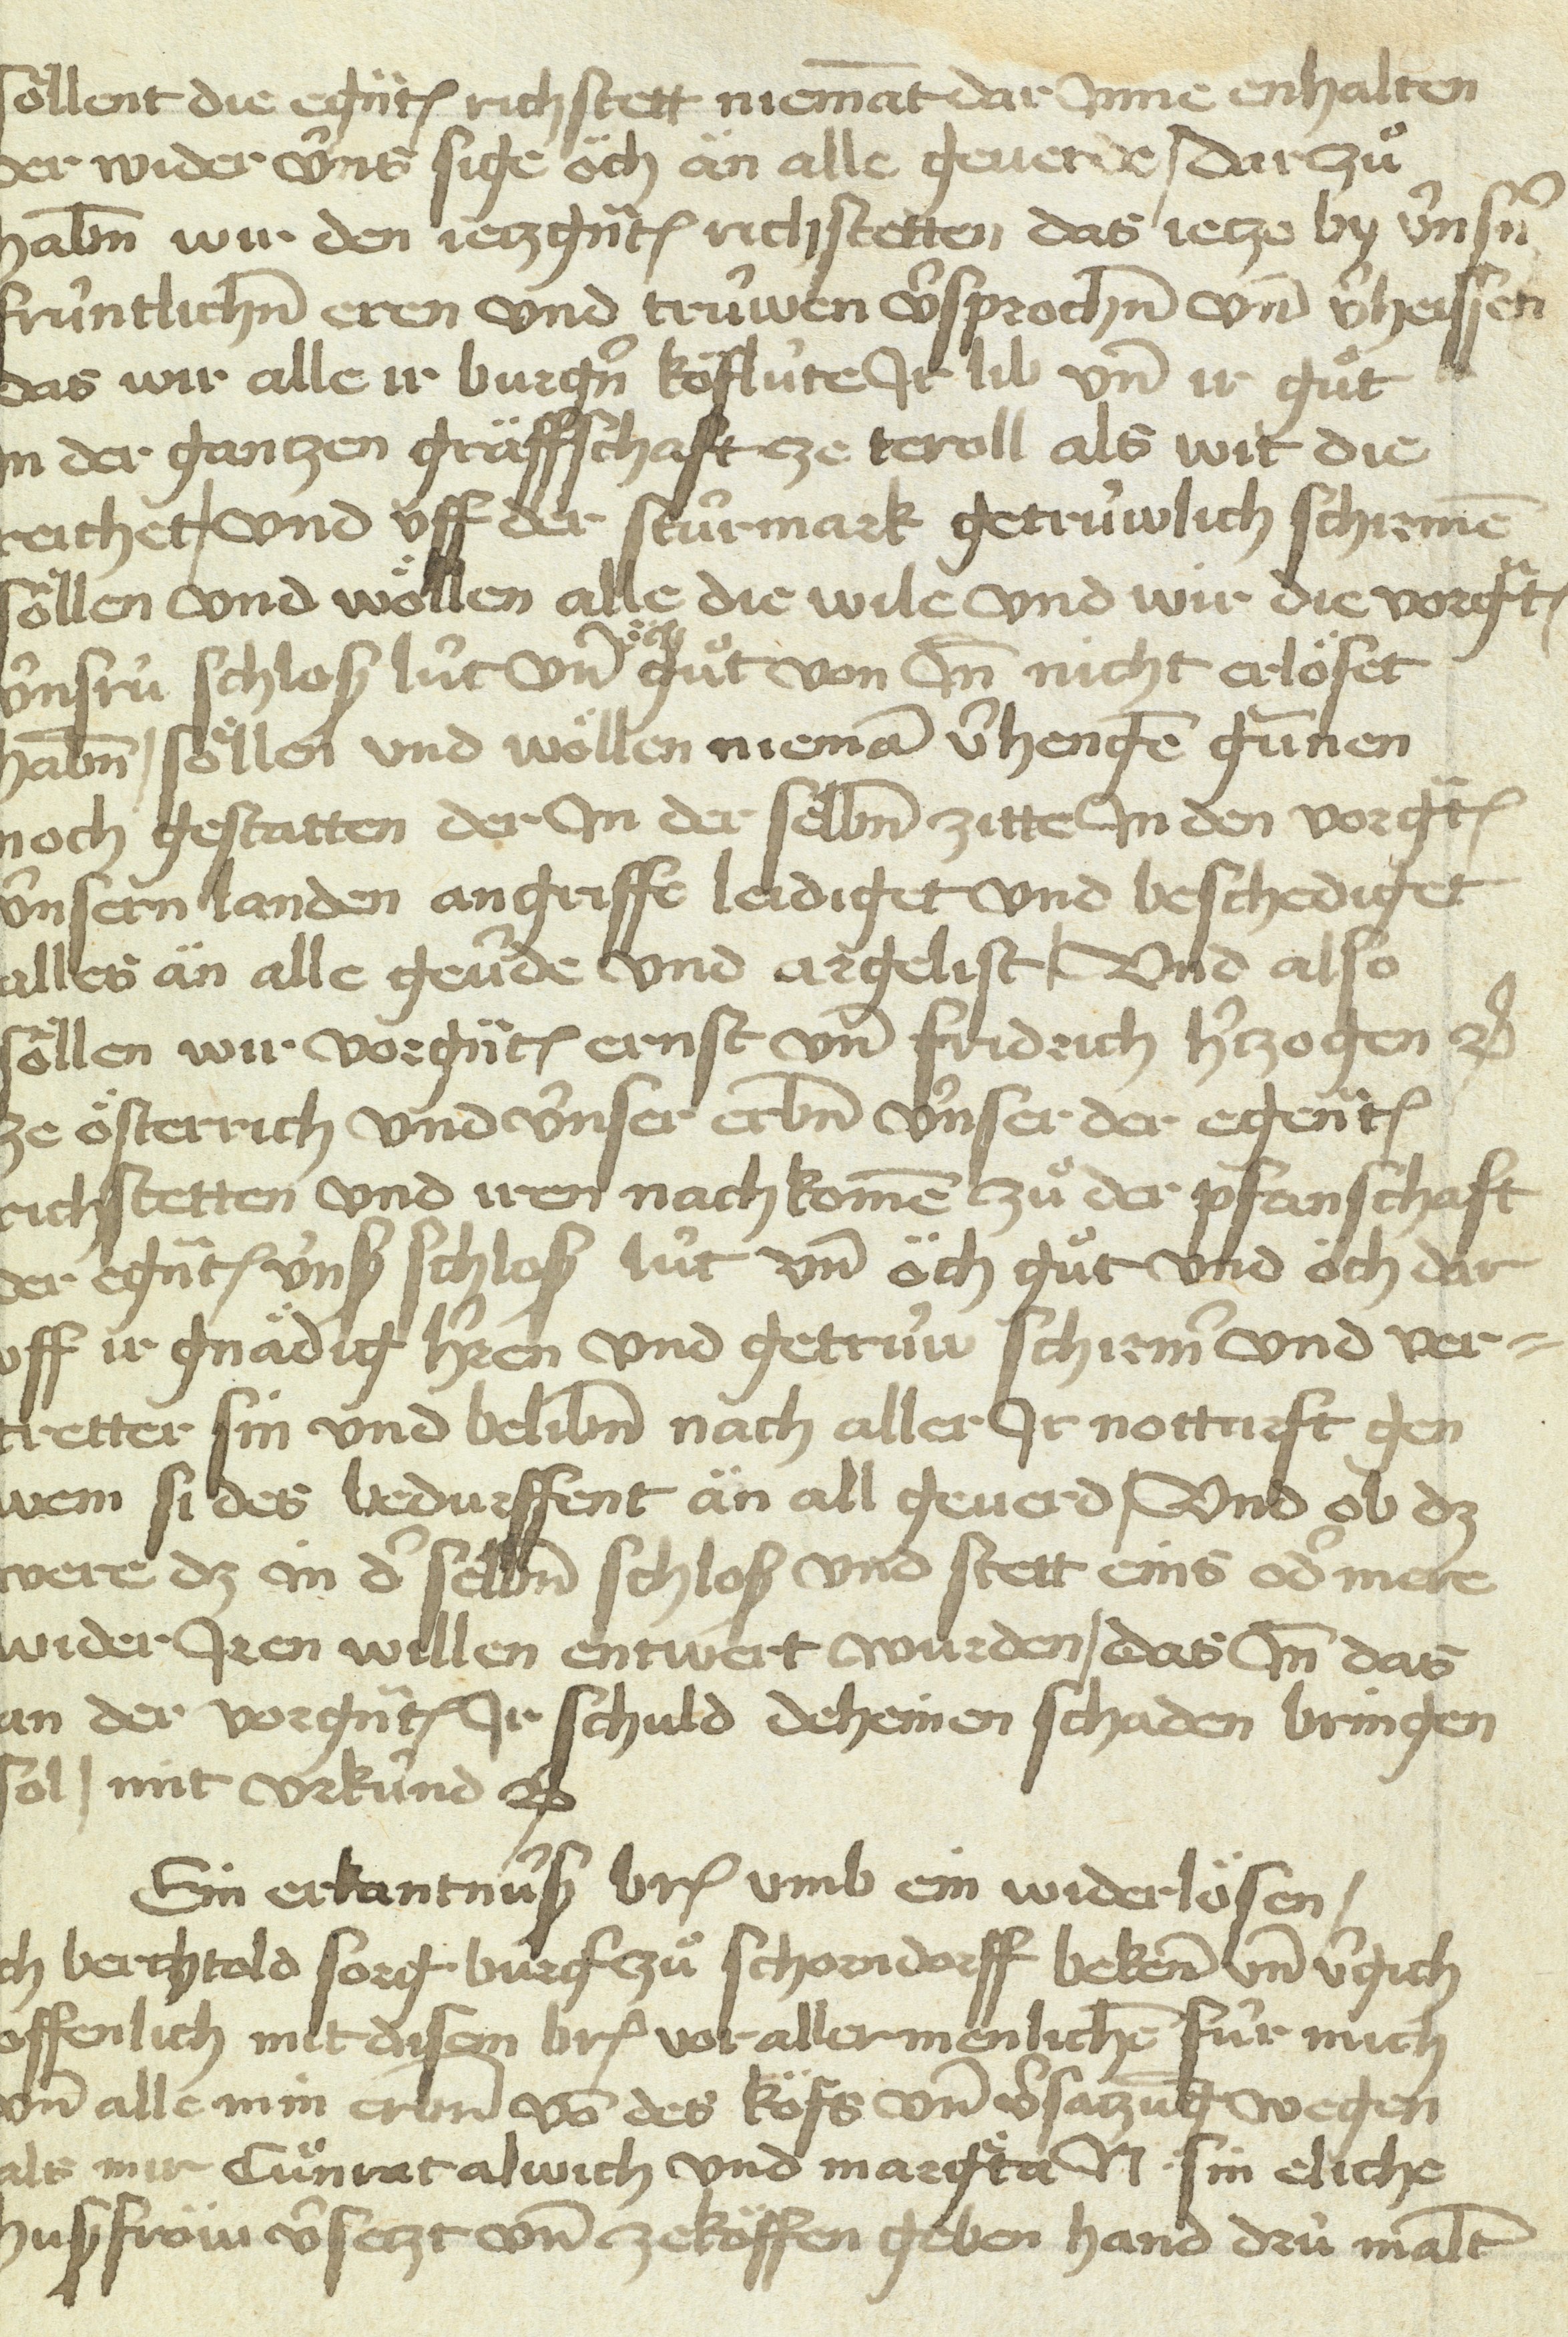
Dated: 1450–1499